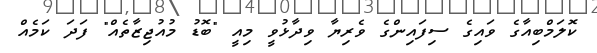
ކޮލަމްބިއާގެ ވައިގެ ސިފައިންގެ ވެރިޔާ ވިދާޅުވީ މިއީ "ބޮޑު މުއުޖިޒާތެއް" ފަދަ ކަމެއް